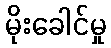
မိုးခေါင်မှု